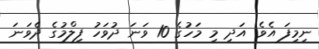
ނިމިފަ އެވެ. އަދި މި މަހުގެ 10 ވަނަ ދުވަހު ފިލްމުގެ ދެވަނަ